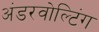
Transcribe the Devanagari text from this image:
अंडरवोल्टिंग